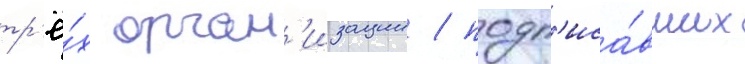
тр'ё́х орган'изации / подп'иса́вших